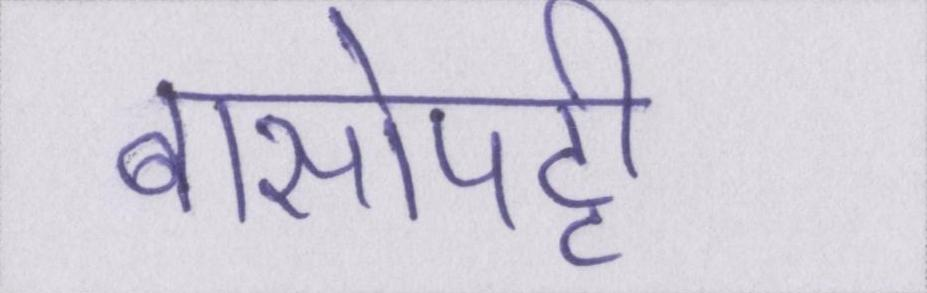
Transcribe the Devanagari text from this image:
बासोपट्टी